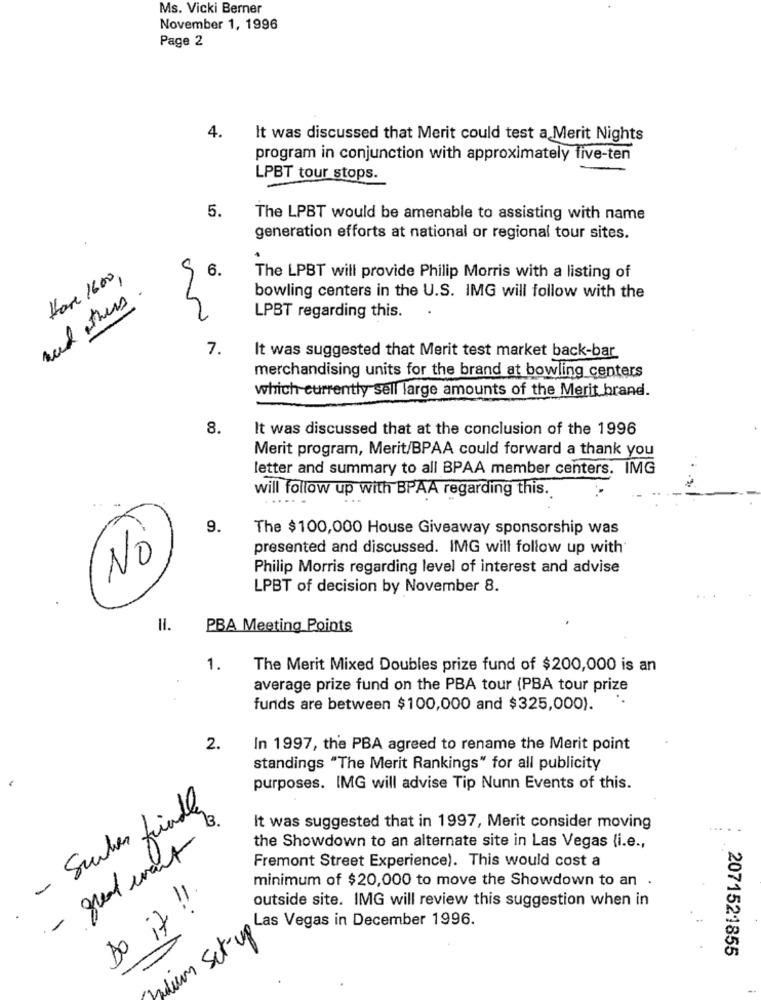
Ms. Vicki Berner
November 1, 1996
Page 2
4.
It was discussed that Merit could test a Merit Nights
program in conjunction with approximately five-ten
LPBT tour stops.
5.
The LPBT would be amenable to assisting with name
generation efforts at national or regional tour sites.
6.
Hare 1600
The LPBT will provide Philip Morris with a listing of
and others.
bowling centers in the U.S. IMG will follow with the
.
LPBT regarding this.
7.
It was suggested that Merit test market back-bar
merchandising units for the brand at bowling centers
which currently sell large amounts of the Merit brand.
8.
It was discussed that at the conclusion of the 1996
Merit program, Merit/BPAA could forward a thank you
letter and summary to all BPAA member centers. IMG
will follow up with BPAA regarding this.
9.
The $100,000 House Giveaway sponsorship was
presented and discussed. IMG will follow up with
No
Philip Morris regarding level of interest and advise
LPBT of decision by November 8.
11.
PBA Meeting Points
1.
The Merit Mixed Doubles prize fund of $200,000 is an
average prize fund on the PBA tour (PBA tour prize
funds are between $100,000 and $325,000).
2.
In 1997, the PBA agreed to rename the Merit point
standings "The Merit Rankings" for all publicity
purposes. IMG will advise Tip Nunn Events of this.
- Sucher findley
It was suggested that in 1997, Merit consider moving
- qual want
the Showdown to an alternate site in Las Vegas (i.e .,
Fremont Street Experience). This would cost a
minimum of $20,000 to move the Showdown to an .
outside site. IMG will review this suggestion when in
Do it !
Adium Set Vegas in December 1990.
2071521855